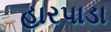
હારપાડા